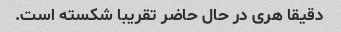
دقیقا هری در حال حاضر تقریبا شکسته است.